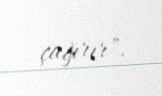
çağırır".